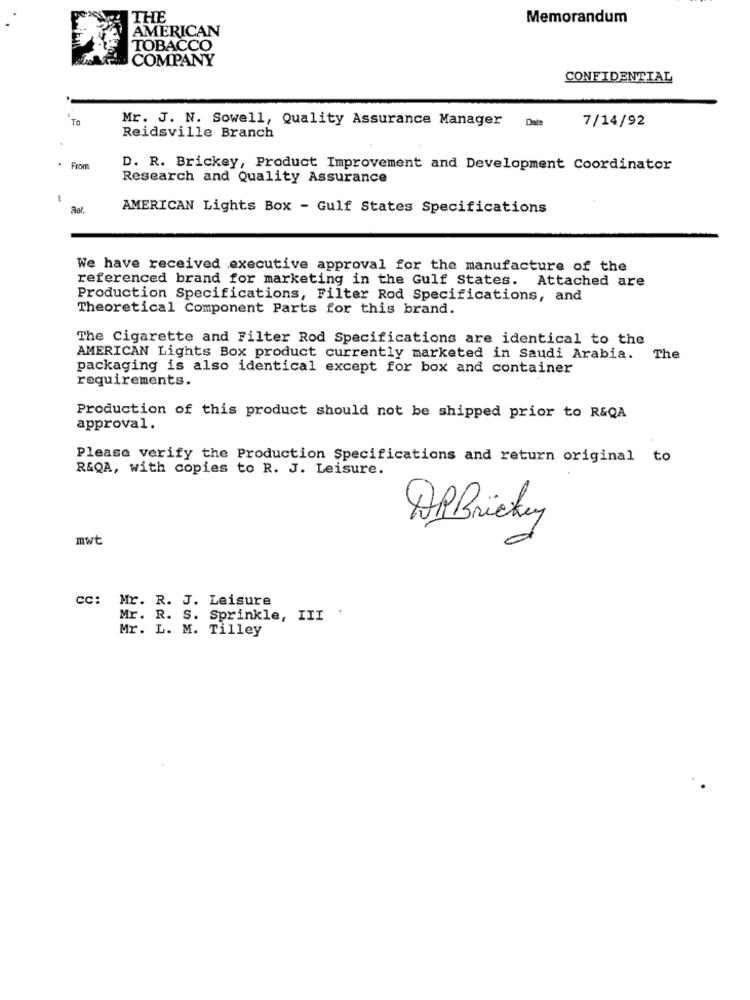
THE
Memorandum
AMERICAN
TOBACCO
COMPANY
CONFIDENTIAL
TO
Mr. J. N. Sowell, Quality Assurance Manager
7/14/92
Reidsville Branch
From
D. R. Brickey, Product Improvement and Development Coordinator
Research and Quality Assurance
Ret.
AMERICAN Lights Box - Gulf States Specifications
We have received executive approval for the manufacture of the
referenced brand for marketing in the Gulf States. Attached are
Production Specifications, Filter Rod Specifications, and
Theoretical Component Parts for this brand.
The Cigarette and Filter Rod Specifications are identical to the
AMERICAN Lights Box product currently marketed in Saudi Arabia. The
packaging is also identical except for box and container
requirements.
Production of this product should not be shipped prior to R&QA
approval.
Please verify the Production Specifications and return original to
R&QA, with copies to R. J. Leisure.
ABBrickey
mwt
cc: Mr. R. J. Leisure
Mr. R. S. Sprinkle, III '
Mr. L. M. Tilley